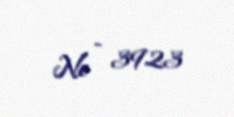
№ - 3923